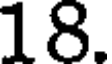
18.